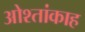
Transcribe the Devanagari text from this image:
ओश्तांकाह